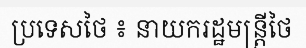
ប្រទេសថៃ ៖ នាយករដ្ឋមន្ត្រីថៃ